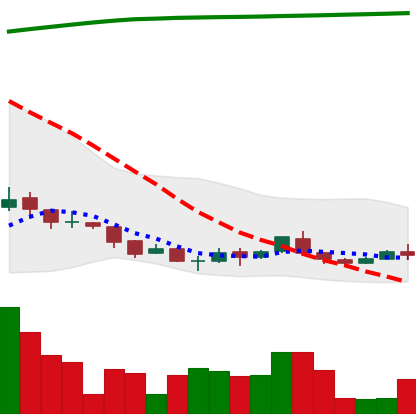
Ticker: ADA-USD
Chart end date: 2018-04-09
Forward return: 31.186%
Label: up_7plus